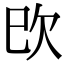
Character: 㰝